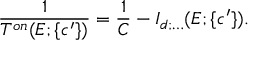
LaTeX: \displaystyle \frac { 1 } { T ^ { o n } ( E ; \{ c ^ { \prime } \} ) } = \displaystyle \frac { 1 } { C } - I _ { d ; \ldots } ( E ; \{ c ^ { \prime } \} ) .